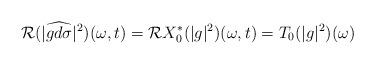
LaTeX: \begin{align*}\mathcal{R}(|\widehat{gd\sigma}|^2)(\omega,t) = \mathcal{R}X_0^*(|g|^2)(\omega,t)=T_{0}(|g|^2)(\omega)\end{align*}